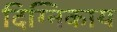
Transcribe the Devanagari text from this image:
दिग्निकाय